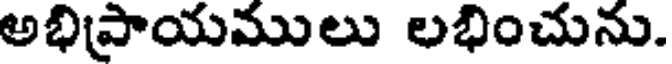
అభిప్రాయములు లభించును.